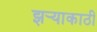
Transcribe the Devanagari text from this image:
झर्‍याकाठी